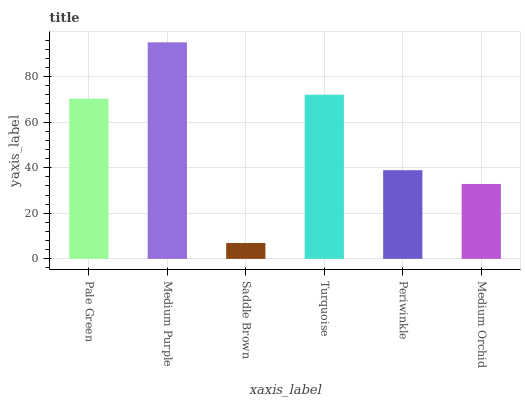
| xaxis_label | bars |
 | --- | --- |
 | Pale Green | 70.3 |
 | Medium Purple | 95.1 |
 | Saddle Brown | 6.97 |
 | Turquoise | 72.1 |
 | Periwinkle | 38.9 |
 | Medium Orchid | 32.9 |